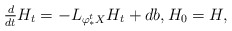
\begin{align*}\tfrac{d}{dt} H_{t} = - L_{\varphi^{t}_{*}X}H_{t} + db,H_{0}=H,\end{align*}